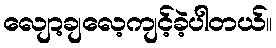
လျော့ချလေ့ကျင့်ခဲ့ပါတယ်။